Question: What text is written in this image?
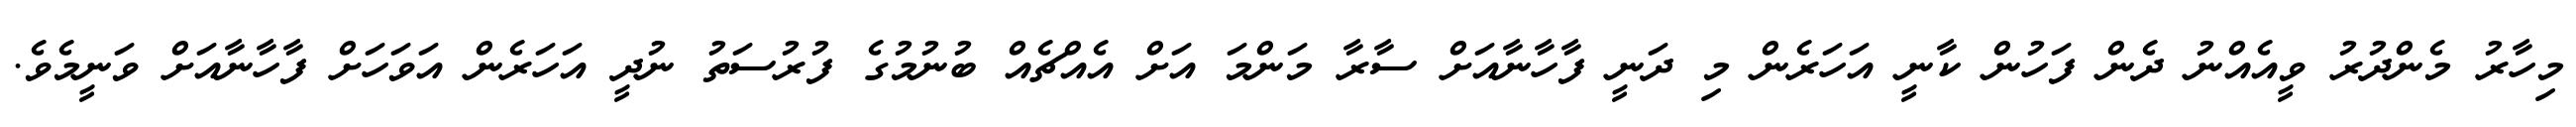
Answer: މިހާރު މެންދުރު ވީއެއްނު ދެން ފަހުން ކާނީ އަހަރެން މި ދަނީ ފާހާނާއަށް ސާރާ މަންމަ އަށް އެއްޗެއް ބުނުމުގެ ފުރުސަތު ނުދީ އަހަރެން އަވަހަށް ފާހާނާއަށް ވަނީމެވެ.